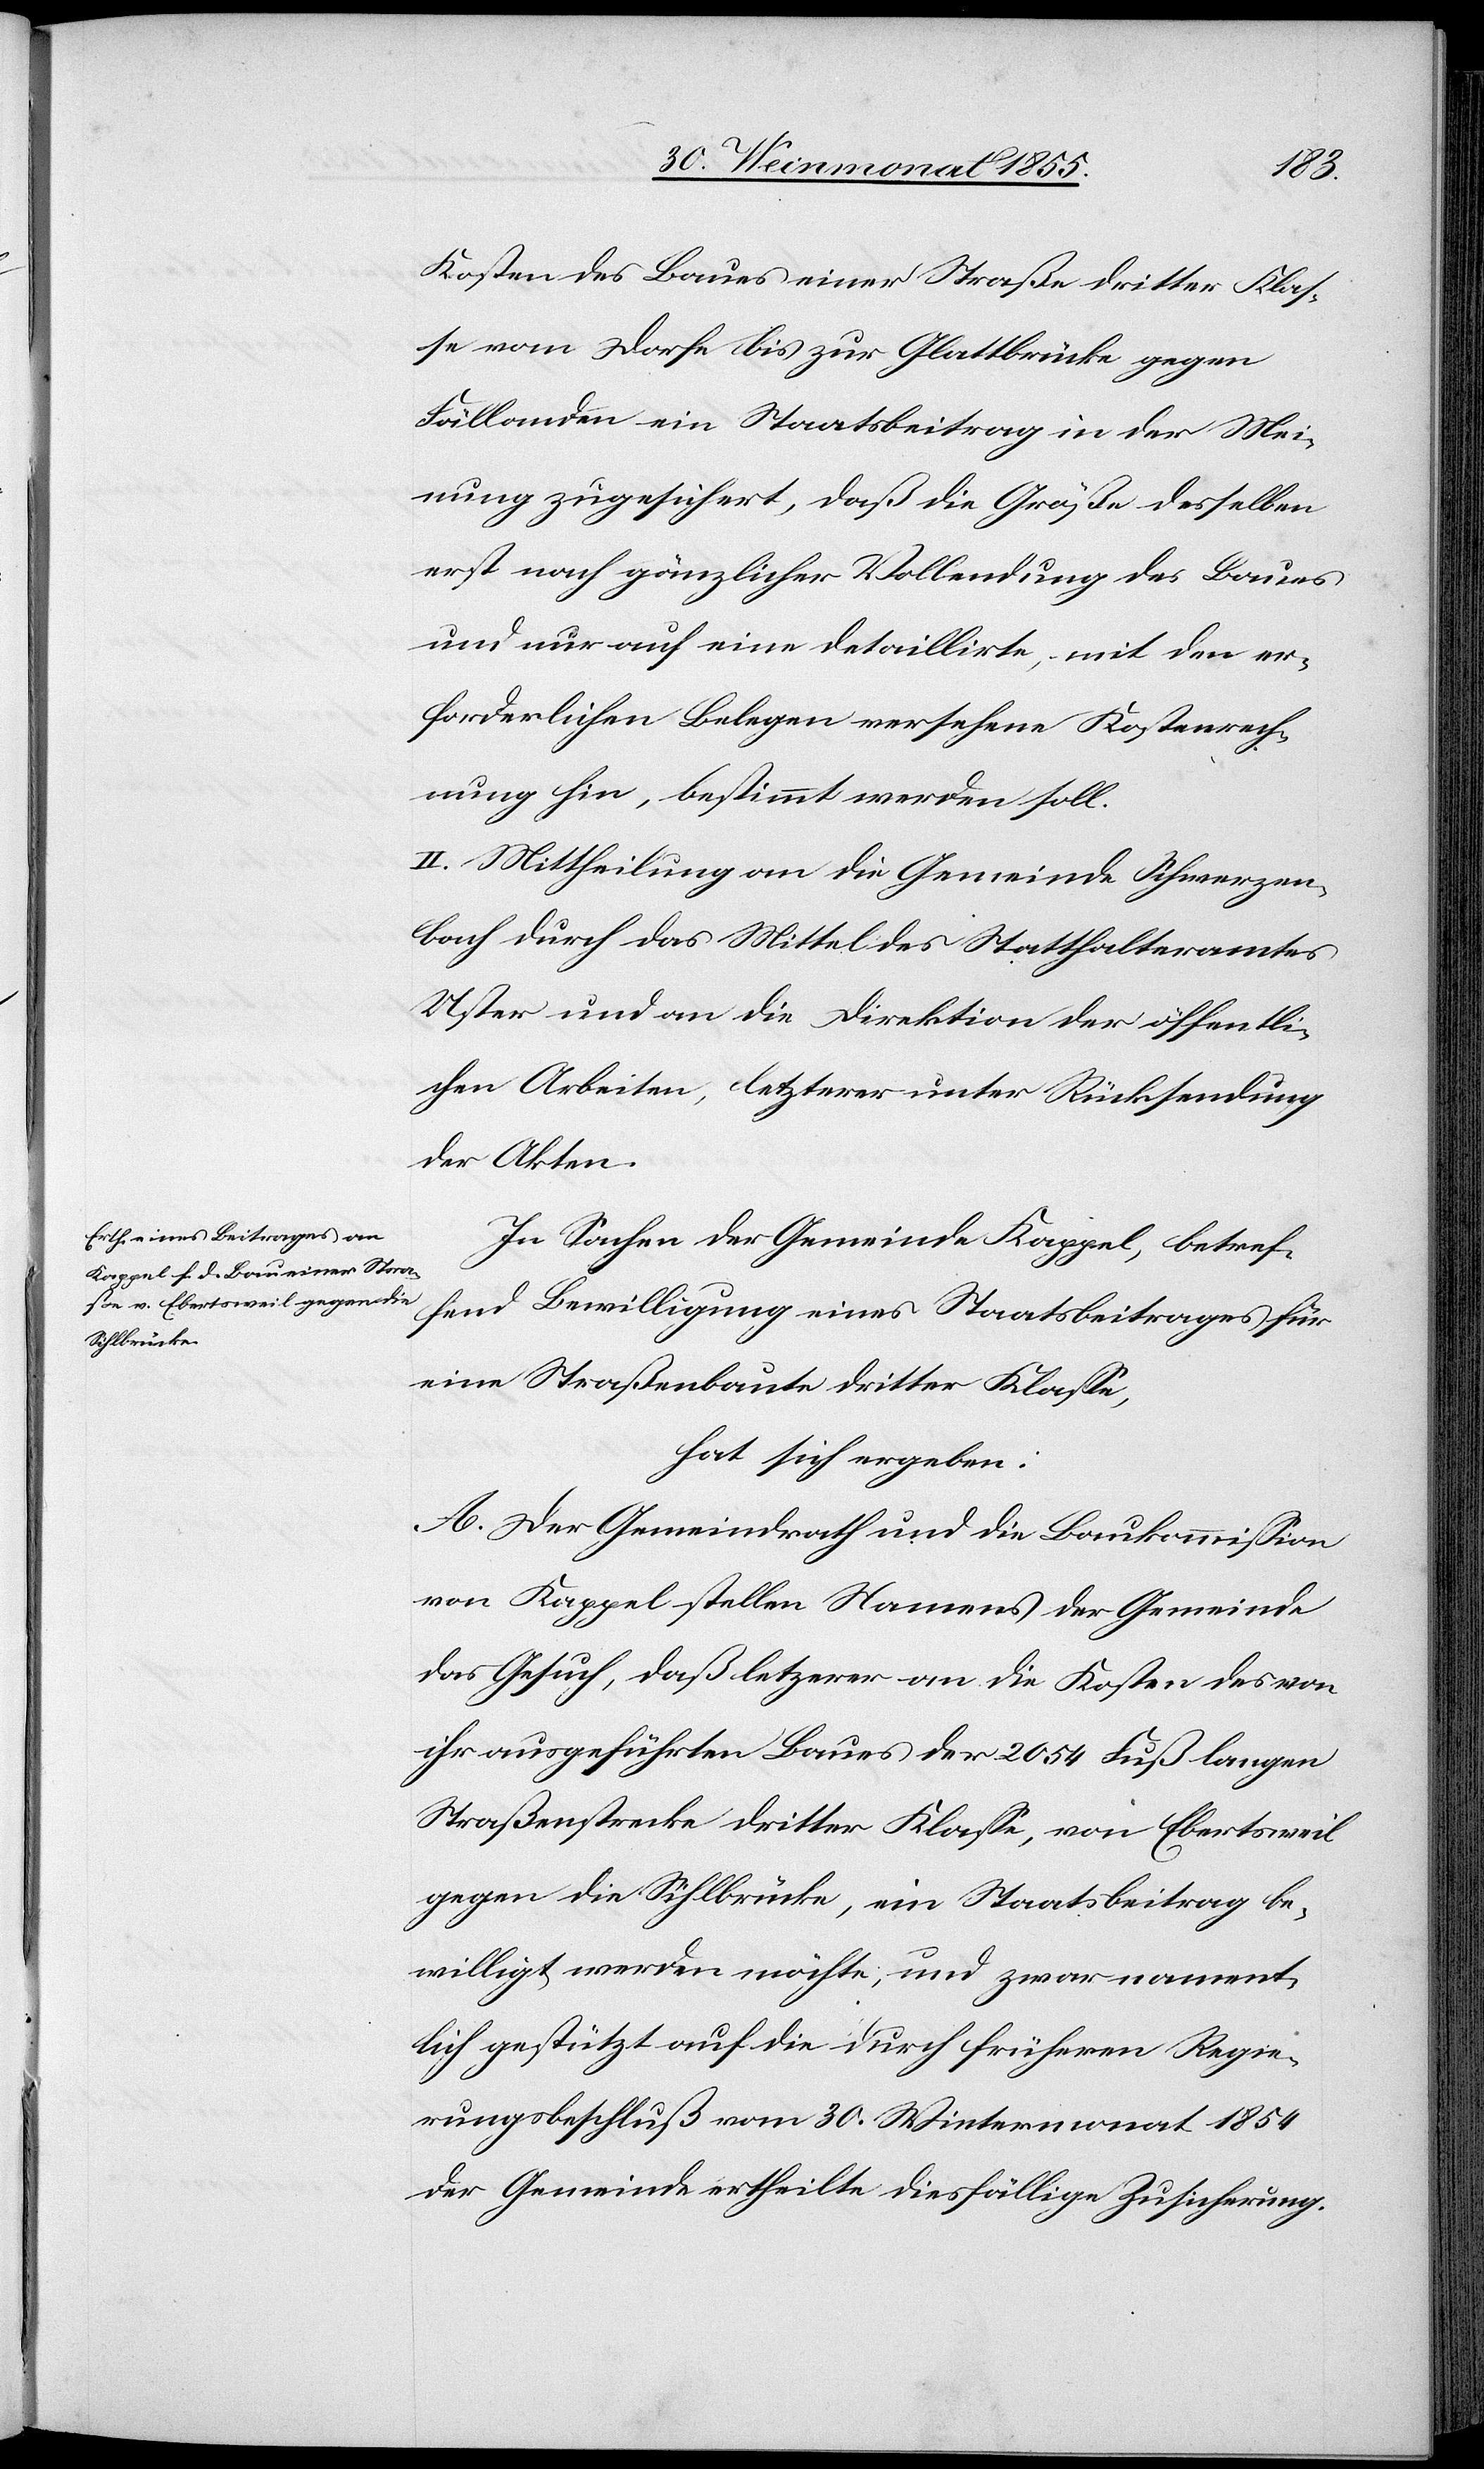
Kosten des Baues einer Straße dritter Klas¬
se vom Dorfe bis zur Glattbrücke gegen
Fällanden ein Staatsbeitrag in der Mei¬
nung zugesichert, daß die Größe desselben
erst nach gänzlicher Vollendung des Baues
und nur auf eine detaillirte, mit den er¬
forderlichen Belegen versehene Kostenrech¬
nung hin, bestimmt werden soll.
II. Mittheilung an die Gemeinde Schwerzen¬
bach durch das Mittel des Statthalteramtes
Uster und an die Direktion der öffentli¬
chen Arbeiten, letzterer unter Rücksendung
der Akten.
In Sachen der Gemeinde Kappel, betref¬
fend Bewilligung eines Staatsbeitrages für
eine Straßenbaute dritter Klasse,
hat sich ergeben:
A. Der Gemeindrath und die Baukommission
von Kappel stellen Namens der Gemeinde
das Gesuch, daß letz[t]erer an die Kosten des von
ihr ausgeführten Baues der 2054 Fuß langen
Straßenstrecke dritter Klasse, von Ebertsweil
gegen die Sihlbrücke, ein Staatsbeitrag be¬
willigt werden möchte, und zwar nament¬
lich gestützt auf die durch früheren Regie¬
rungsbeschluß vom 30. Wintermonat 1854
der Gemeinde ertheilte diesfällige Zusicherung.